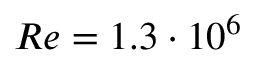
R e = 1 . 3 \cdot 1 0 ^ { 6 }